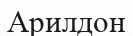
Арилдон